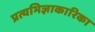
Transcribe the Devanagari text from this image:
प्रत्यभिज्ञाकारिका